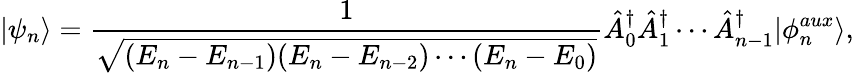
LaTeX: |\psi_{n}\rangle=\frac{1}{\sqrt{(E_{n}-E_{n-1})(E_{n}-E_{n-2})\cdots(E_{n}-E_{0})}}\hat{A}_{0}^{\dagger}\hat{A}_{1}^{\dagger}\cdots\hat{A}_{n-1}^{\dagger}|\phi_{n}^{aux}\rangle,